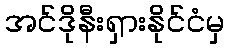
အင်ဒိုနီးရှားနိုင်ငံမှ